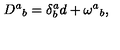
D ^ { a } { } _ { b } = \delta _ { b } ^ { a } d + \omega ^ { a } { } _ { b } ,